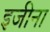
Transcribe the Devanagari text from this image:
इजीना